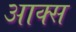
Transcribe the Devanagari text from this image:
आक्स